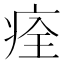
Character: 痊